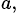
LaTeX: ^{a,}